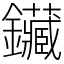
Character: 鑶